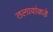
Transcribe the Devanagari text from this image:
तलावांकडे